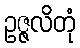
ဥဇ္ဇလိတုံ